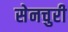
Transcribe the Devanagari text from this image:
सेनचुरी